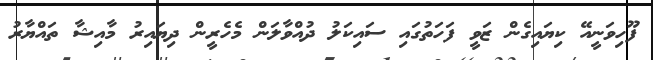
ފޫހިވަނީއޭ ކިޔައިގެން ޒަވީ ފަހަތުގައި ސައިކަލު ދުއްވާލަން މެހެރީން ދިޔައިރު މާއިޝާ ތައްޔާރު